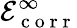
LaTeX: \mathcal{E}_{\mathrm{~c~o~r~r~}}^{\infty}